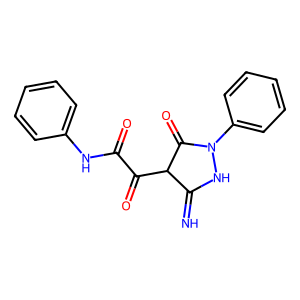
SMILES: N=C1NN(c2ccccc2)C(=O)C1C(=O)C(=O)Nc1ccccc1
Inhibits HIV replication: No